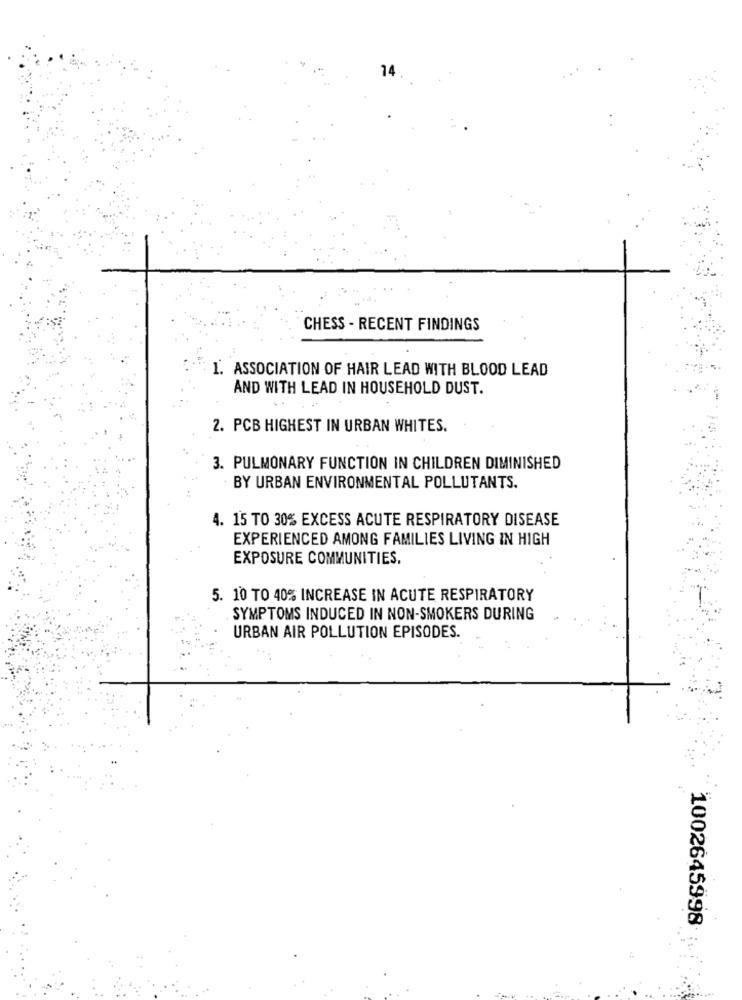
14
CHESS - RECENT FINDINGS
1. ASSOCIATION OF HAIR LEAD WITH BLOOD LEAD
AND WITH LEAD IN HOUSEHOLD DUST.
2. PCB HIGHEST IN URBAN WHITES.
3. PULMONARY FUNCTION IN CHILDREN DIMINISHED
BY URBAN ENVIRONMENTAL POLLUTANTS.
4. 15 TO 30% EXCESS ACUTE RESPIRATORY DISEASE
EXPERIENCED AMONG FAMILIES LIVING IN HIGH
EXPOSURE COMMUNITIES.
5. 10 TO 40% INCREASE IN ACUTE RESPIRATORY
SYMPTOMS INDUCED IN NON-SMOKERS DURING
URBAN AIR POLLUTION EPISODES.
1002645998